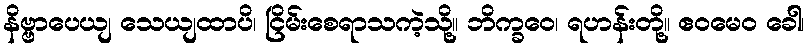
နိဗ္ဗာပေယျ သေယျထာပိ၊ ငြိမ်းစေရာသကဲ့သို့။ ဘိက္ခဝေ၊ ရဟန်းတို့။ ဧဝမေဝ ခေါ၊